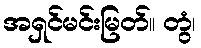
အရှင်မင်းမြတ်။ တွံ၊